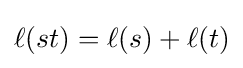
\ell (st)=\ell (s)+\ell (t)